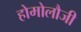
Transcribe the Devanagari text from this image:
होमोलौजी